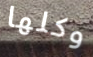
وكلها